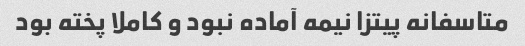
متاسفانه پیتزا نیمه آماده نبود و کاملا پخته بود